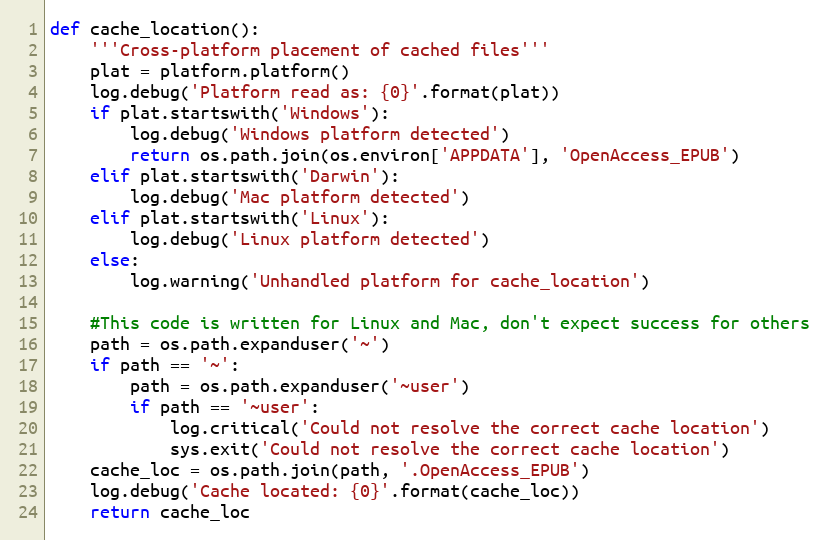
Language: Python
def cache_location():
    '''Cross-platform placement of cached files'''
    plat = platform.platform()
    log.debug('Platform read as: {0}'.format(plat))
    if plat.startswith('Windows'):
        log.debug('Windows platform detected')
        return os.path.join(os.environ['APPDATA'], 'OpenAccess_EPUB')
    elif plat.startswith('Darwin'):
        log.debug('Mac platform detected')
    elif plat.startswith('Linux'):
        log.debug('Linux platform detected')
    else:
        log.warning('Unhandled platform for cache_location')

    #This code is written for Linux and Mac, don't expect success for others
    path = os.path.expanduser('~')
    if path == '~':
        path = os.path.expanduser('~user')
        if path == '~user':
            log.critical('Could not resolve the correct cache location')
            sys.exit('Could not resolve the correct cache location')
    cache_loc = os.path.join(path, '.OpenAccess_EPUB')
    log.debug('Cache located: {0}'.format(cache_loc))
    return cache_loc